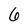
Character: 6